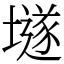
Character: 𡑞